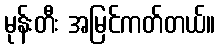
မုန်းတီး အမြင်ကတ်တယ်။